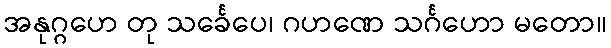
အနုဂ္ဂဟေ တု သင်္ခေပေ၊ ဂဟဏေ သင်္ဂဟော မတော။